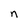
Character: n